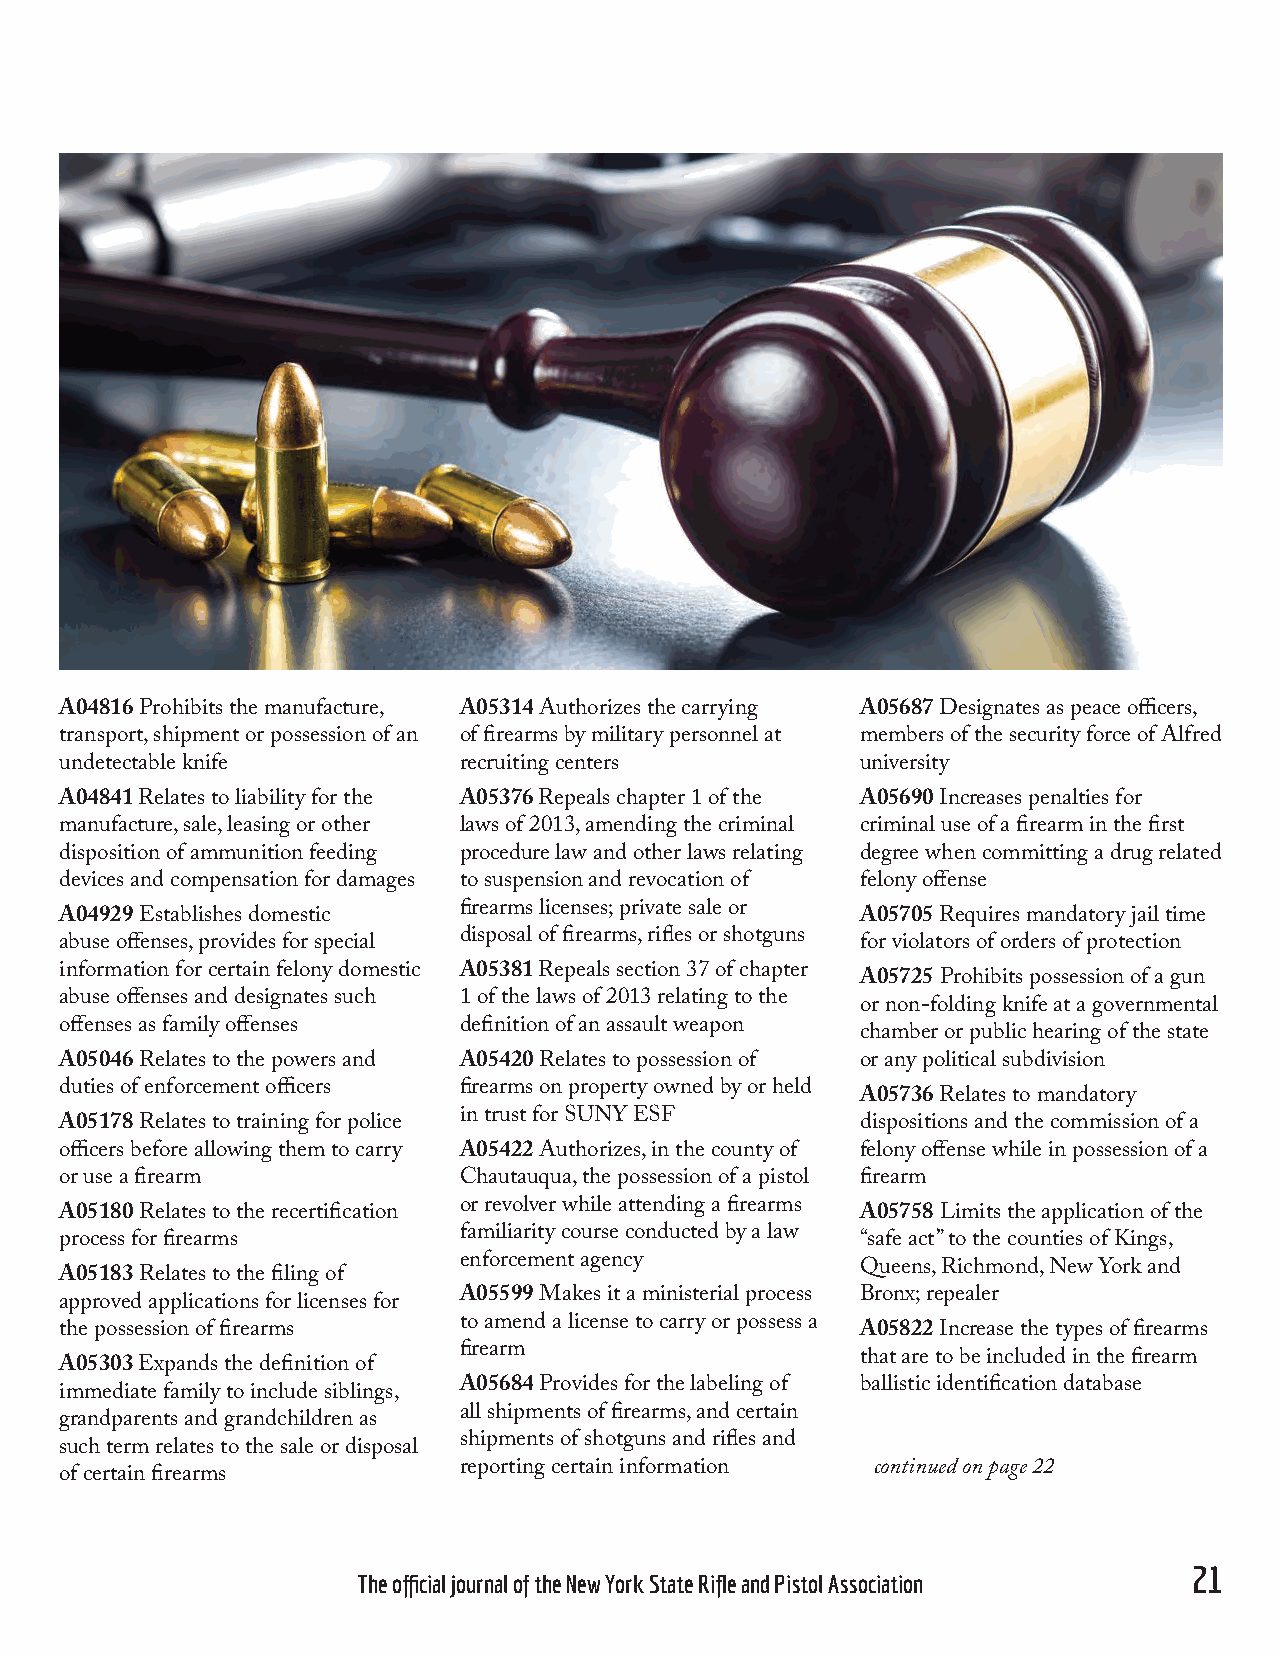
A04816 Prohibits the manufacture, A05314 Authorizes the carrying A05687 Designates as peace officers,
 transport, shipment or possession of an of firearms by military personnel at members of the security force of Alfred
 undetectable knife        recruiting centers         university
 A04841 Relates to liability for the A05376 Repeals chapter 1 of the A05690 Increases penalties for
 manufacture, sale, leasing or other laws of 2013, amending the criminal criminal use of a firearm in the first
 disposition of ammunition feeding procedure law and other laws relating degree when committing a drug related
 devices and compensation for damages to suspension and revocation of felony offense
 firearms licenses; private sale or
 A04929 Establishes domestic                          A05705 Requires mandatory jail time
 disposal of firearms, rifles or shotguns
 abuse offenses, provides for special                 for violators of orders of protection
 information for certain felony domestic A05381 Repeals section 37 of chapter
 A05725 Prohibits possession of a gun
 abuse offenses and designates such 1 of the laws of 2013 relating to the
 or non-folding knife at a governmental
 offenses as family offenses definition of an assault weapon
 chamber or public hearing of the state
 A05046 Relates to the powers and A05420 Relates to possession of or any political subdivision
 duties of enforcement officers firearms on property owned by or held
 A05736 Relates to mandatory
 in trust for SUNY ESF
 A05178 Relates to training for police                dispositions and the commission of a
 officers before allowing them to carry A05422 Authorizes, in the county of felony offense while in possession of a
 or use a firearm          Chautauqua, the possession of a pistol firearm
 or revolver while attending a firearms
 A05180 Relates to the recertification                A05758 Limits the application of the
 familiarity course conducted by a law
 process for firearms                                 “safe act” to the counties of Kings,
 enforcement agency
 Queens, Richmond, New York and
 A05183 Relates to the filing of
 A05599 Makes it a ministerial process Bronx; repealer
 approved applications for licenses for
 to amend a license to carry or possess a
 the possession of firearms                           A05822 Increase the types of firearms
 firearm
 that are to be included in the firearm
 A05303 Expands the definition of
 A05684 Provides for the labeling of ballistic identification database
 immediate family to include siblings,
 all shipments of firearms, and certain
 grandparents and grandchildren as
 shipments of shotguns and rifles and
 such term relates to the sale or disposal
 reporting certain information continued on page 22
 of certain firearms
 20                                                                                  21
 BULLET magazine              The official journal of the New York State Rifle and Pistol Association
 NNyyssrrppaa 111166881133 BBuulllleett AApprr2200FF..iinndddd 2211       33//1188//22002200 1100::0000::3322 AAMM